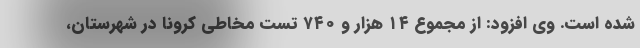
شده است. وی افزود: از مجموع ۱۴ هزار و ۷۴۰ تست مخاطی کرونا در شهرستان،